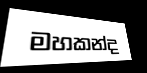
මහකන්ද